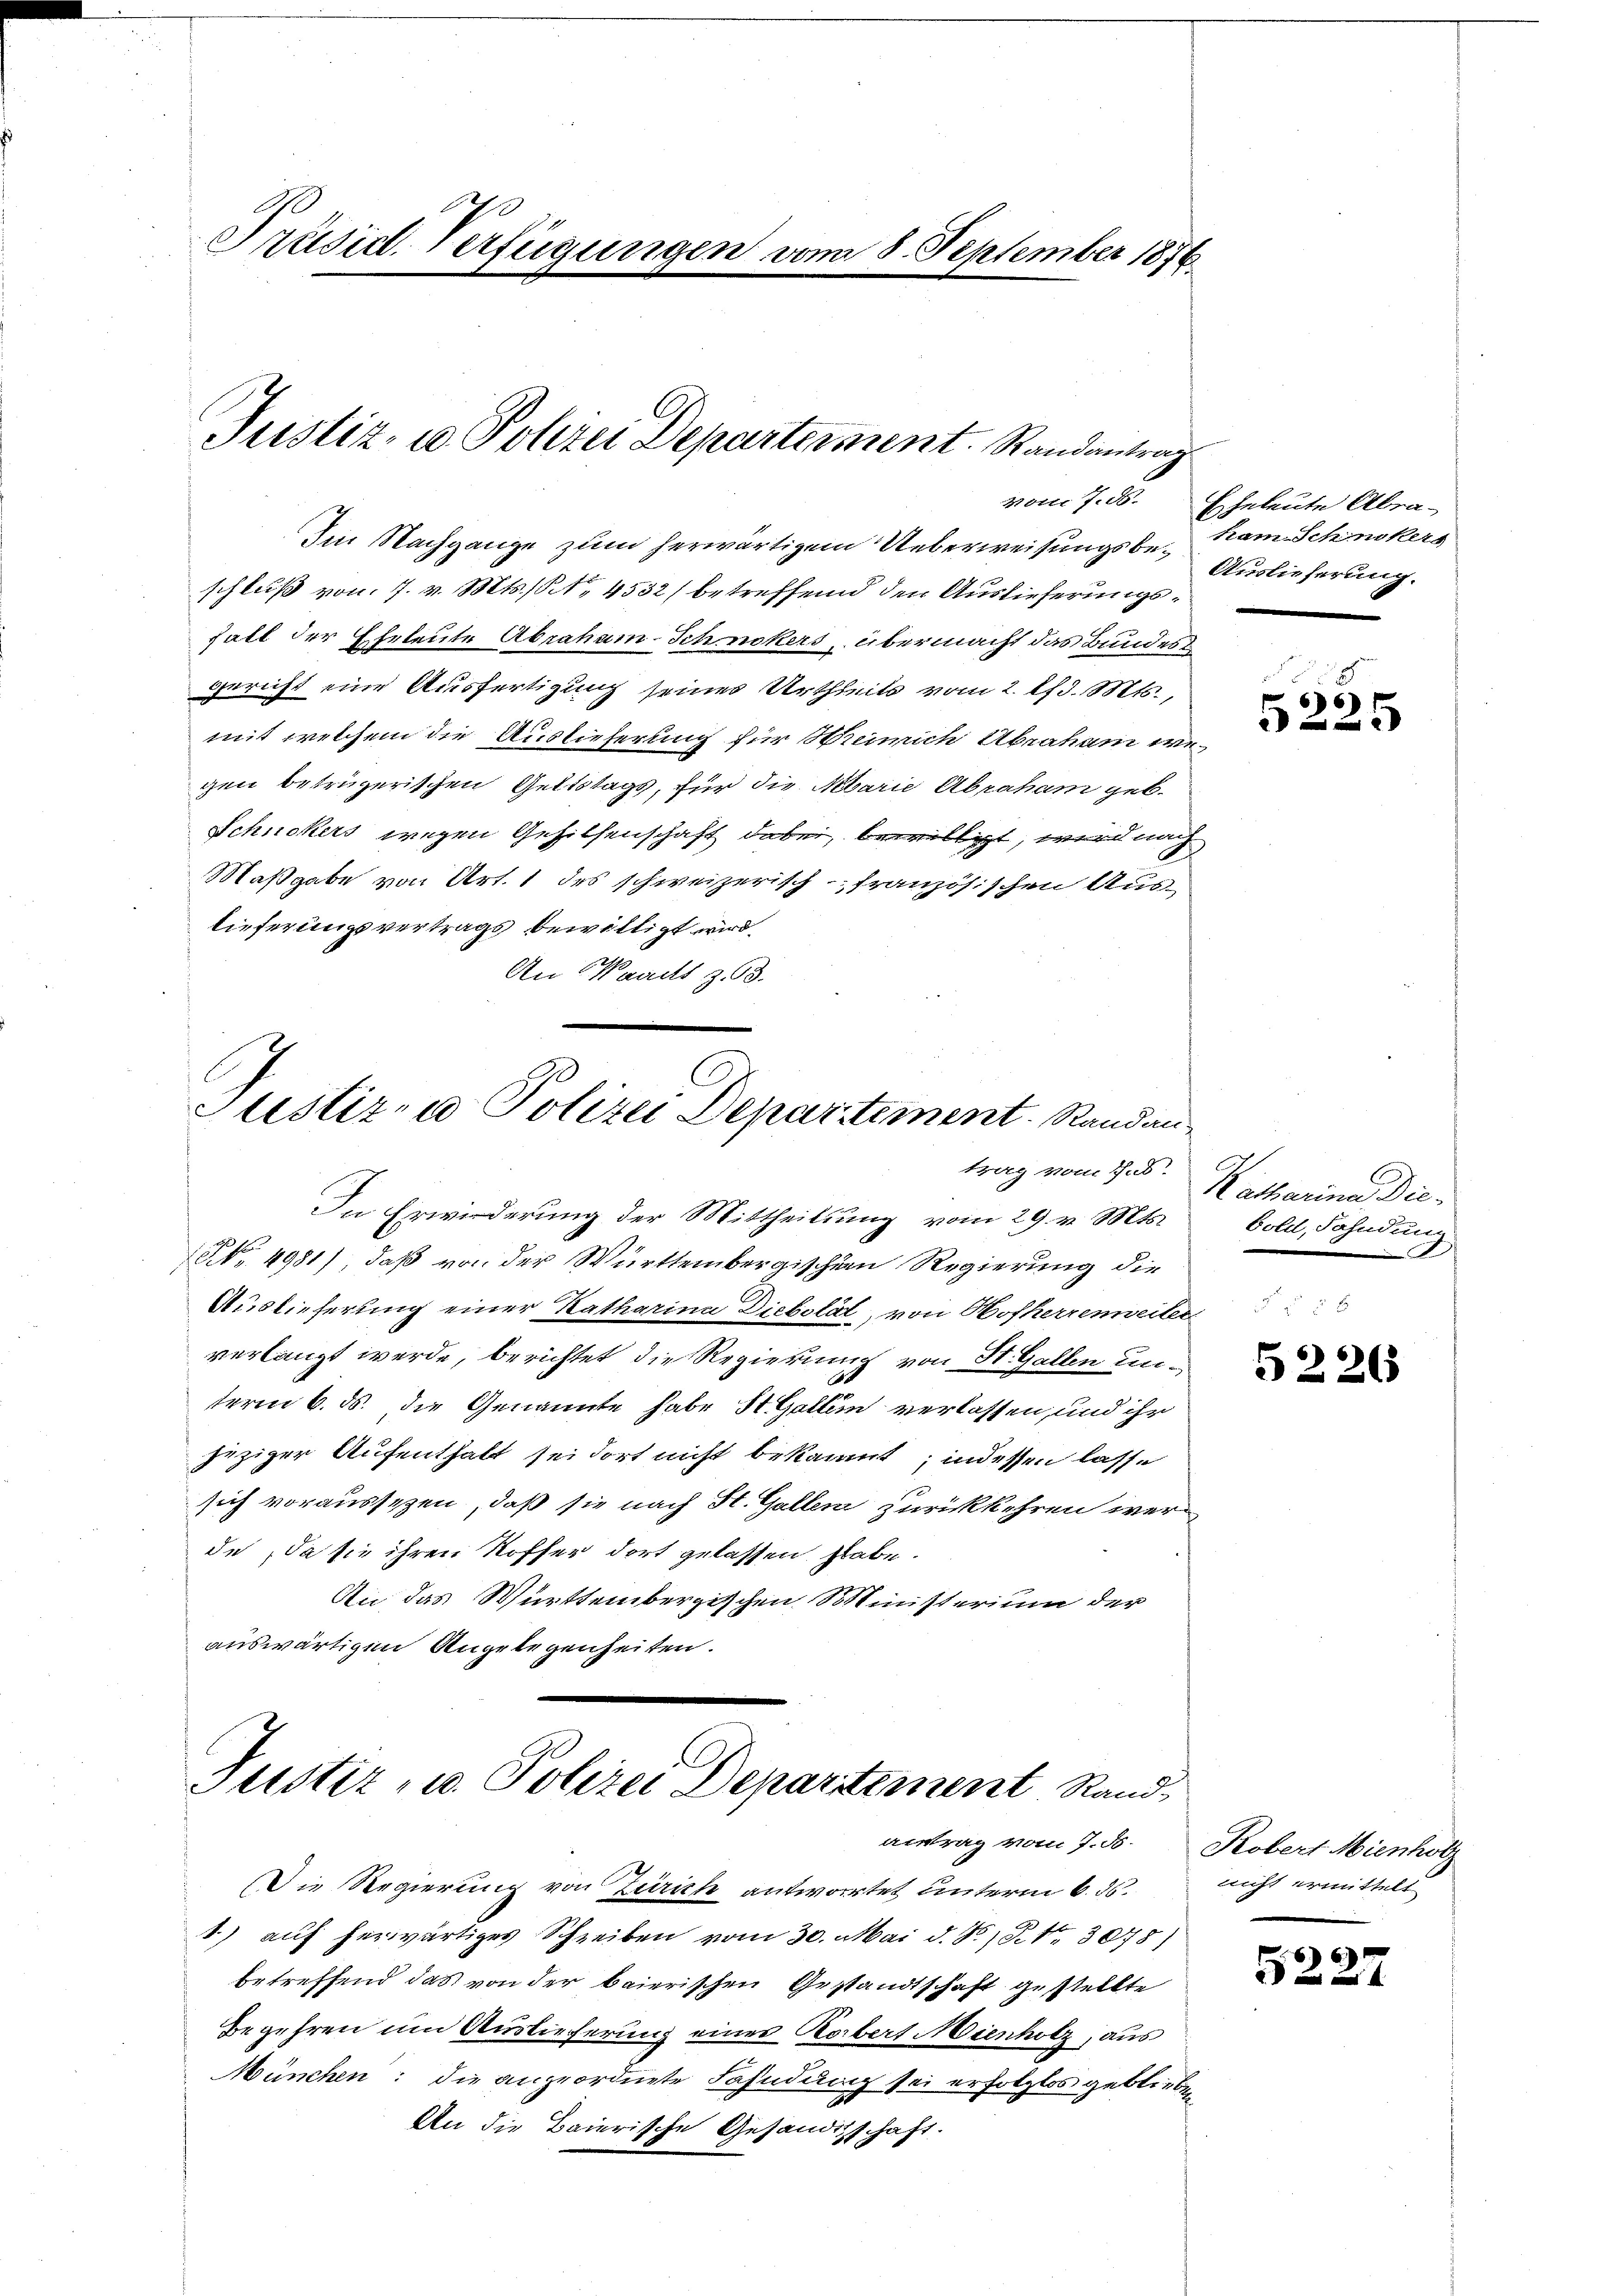
Präsidl-Verfügungen vom 8. September 1876.

Justiz- u. Polizei Departement. Randantrag

Im Nachgange zum herwärtigem Ueberweisungsbe¬ Auslieferung.
schluß von 7. v. Mts. S. 4532/ betreffend den Auslieferungs¬
Fall der Eheleute Abraham-Schnikers, übermacht das Bundes
Gericht eine Ausfertigung seines Urtheils vom 2. lfd. Mts.,
mit welchem die Auslieferung für Weinich Abraham wegen betrügerischen Geltstags, für die Marie Abraham geb.
Schnokers wegen Gehilsenschaft dabei, bewilligt, wird nach
Maßgabe von Art. 1 des schweizerisch-französischen Au
lieferungsvertrags bewilligt wird.
An Waadt z. 93.

Justiz- u Polizei Departement. Randan
trag vom 7.

In Erwirderung der Mittheilung vom 29. v. Mts.
NNo. 4981) daß von der Württembergischen Regierung die
Auslieferung einer Katharina Diebolät, von Hofherrenweiter
verlangt werde, berichtet die Regierung von St. Gallen un-
term 6. ds. die Genannte habe St. Gallein verlassen, und ihr
jeziger Aufenthalt sei dort nicht bekannt; indessen lasse
sich voraussezen, daß sie nach St. Gallen zurückkehren wer
de, da sie ihren Koffer dort gelassen habe.
An das Württembergischen Ministerium der
auswärtigen Angelegenheiten.

Justiz- u. Polizei Departement Rand-
antrag vom 7. d. Robert Mienholz

Die Regierung von Zürich antwortet unterm 6. ds.
1.) auf herwärtiges Schreiben vom 30. Mai d. J. P. Nr. 3078)
betreffend das von der baierischen Gestandtschaft gestellte
Begehren um Auslieferung eines Robert Mienholz, aus
München: die angeordnete Fahndung sei erfolglos geblieben
An die Baierische Gesandtschaft.

vom 7. ds. Eheleute Abra-
ham Schnikers

661
i

Katharina Die
bold, Fahndung

5226

nicht ermittelt

522

2